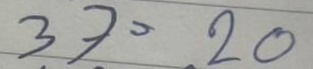
37 =20